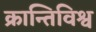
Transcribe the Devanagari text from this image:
क्रान्तिविश्व